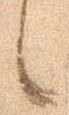
候